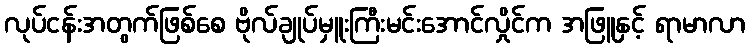
လုပ်ငန်းအတွက်ဖြစ်စေ ဗိုလ်ချုပ်မှူးကြီးမင်းအောင်လှိုင်က အဖြူနှင့် ရာမာလာ